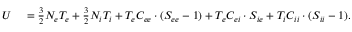
\begin{array} { r l } { U } & { { } = \frac { 3 } { 2 } N _ { e } T _ { e } + \frac { 3 } { 2 } N _ { i } T _ { i } + T _ { e } C _ { e e } \cdot ( S _ { e e } - 1 ) + T _ { e } C _ { e i } \cdot S _ { i e } + T _ { i } C _ { i i } \cdot ( S _ { i i } - 1 ) . } \end{array}